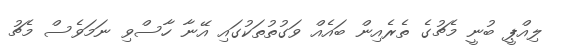
ލިއްޕީ ބުނީ މެޗުގެ ތެރެއިން ބައެއް ވަގުތުތަކުގައި އޭނާ ހާސްވި ނަމަވެސް މެޗު